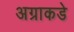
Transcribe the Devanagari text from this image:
अग्राकडे